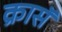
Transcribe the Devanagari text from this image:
क्रासॅ